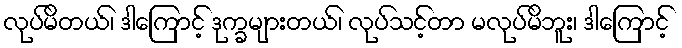
လုပ်မိတယ်၊ ဒါကြောင့် ဒုက္ခများတယ်၊ လုပ်သင့်တာ မလုပ်မိဘူး၊ ဒါကြောင့်